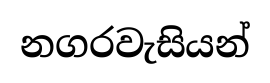
නගරවැසියන්